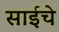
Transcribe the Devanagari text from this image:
साईचे